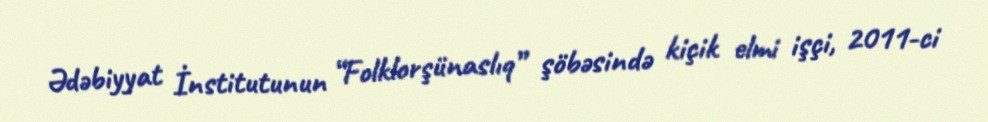
Ədəbiyyat İnstitutunun “Folklorşünaslıq” şöbəsində kiçik elmi işçi, 2011-ci